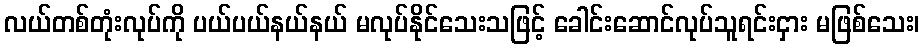
လယ်တစ်တုံးလုပ်ကို ပယ်ပယ်နယ်နယ် မလုပ်နိုင်သေးသဖြင့် ခေါင်းဆောင်လုပ်သူရင်းငှား မဖြစ်သေး၊